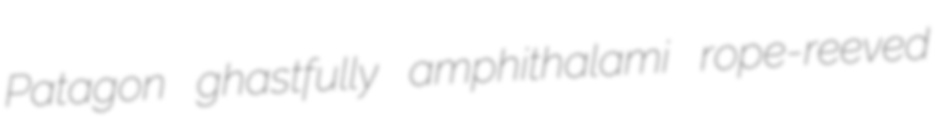
Patagon ghastfully amphithalami rope-reeved